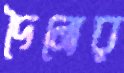
দৈন্যের